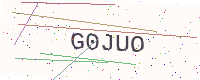
Text: G0JUO